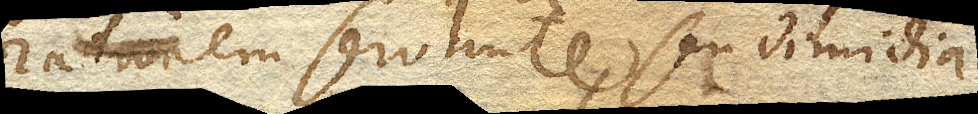
rationem servante, seu dimidia.